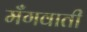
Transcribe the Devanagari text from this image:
मँगवाती